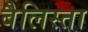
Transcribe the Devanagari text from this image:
बैलिस्ता